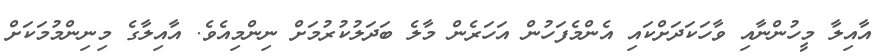
އާއިލާ މީހުންނާއި ވާހަކަދަށްކައި އެންމެފަހުން އަހަރެން މާލެ ބަދަލުކުރުމަށް ނިންމިއެވެ. އާއިލާގެ މިނިންމުމަކަށް